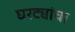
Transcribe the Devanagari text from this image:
घरट्यांचा